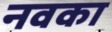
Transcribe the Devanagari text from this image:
नवका